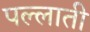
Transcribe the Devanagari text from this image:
पल्लाती